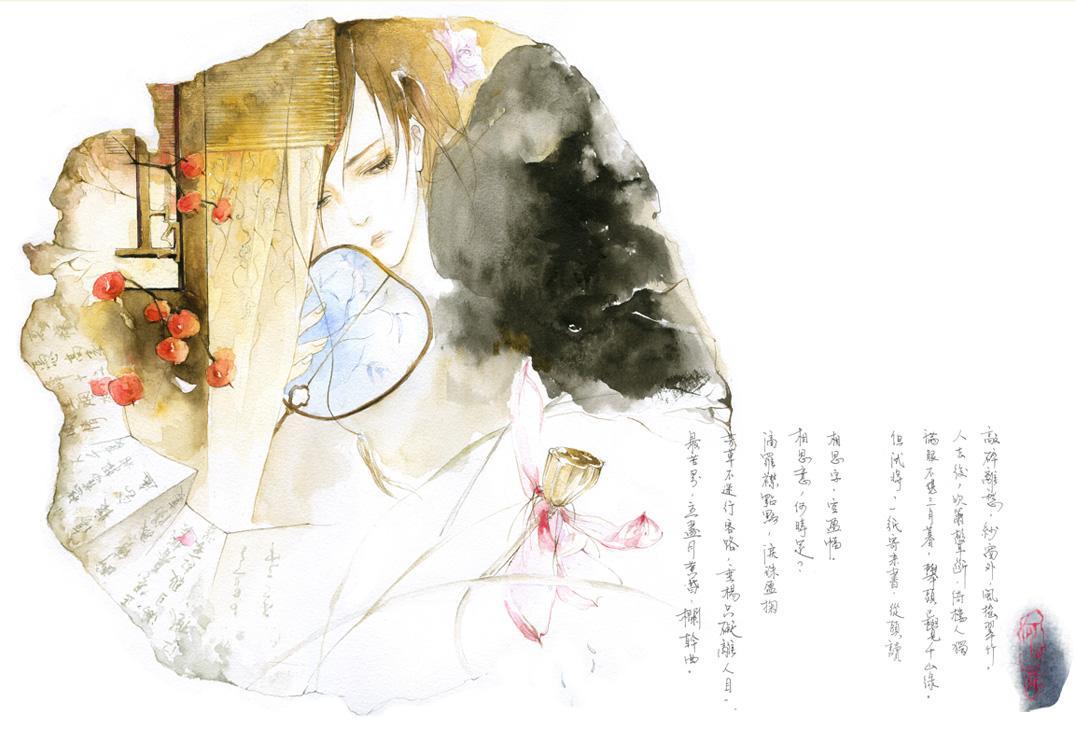
我心匪石，不可转也。